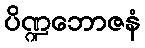
ပိဏ္ဍဘောဇနံ